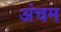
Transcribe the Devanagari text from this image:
अंचम